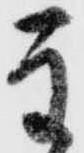
主